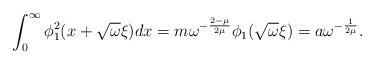
LaTeX: \begin{align*} \int_0^\infty \phi_1^2(x+\sqrt \omega \xi) dx = m \omega^{-\frac{2-\mu}{2\mu}} \phi_1(\sqrt \omega \xi) = a \omega^{-\frac{1}{2\mu}}. \end{align*}